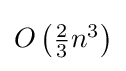
{\textstyle O\left({2 \over 3}n^{3}\right)}